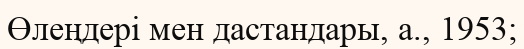
Өлеңдері мен дастандары, а., 1953;